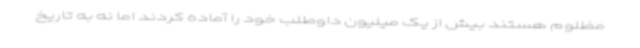
مظلوم هستند بیش از یک میلیون داوطلب خود را آماده کردند اما نه به تاریخ